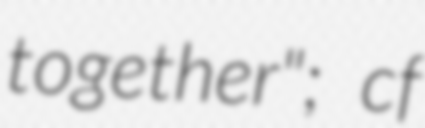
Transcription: together"; cf